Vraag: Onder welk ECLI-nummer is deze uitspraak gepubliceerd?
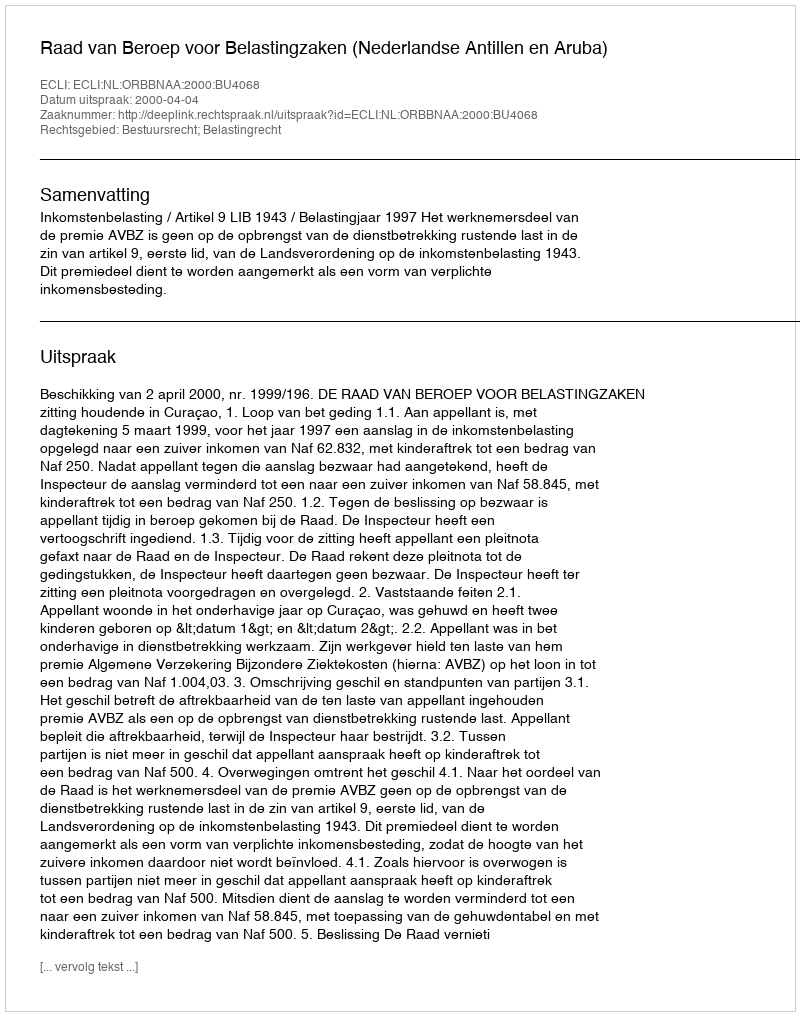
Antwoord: ECLI:NL:ORBBNAA:2000:BU4068